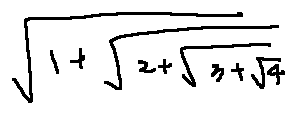
\sqrt { 1 + \sqrt { 2 + \sqrt { 3 + \sqrt { 4 } } } }